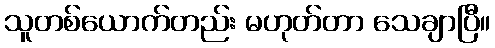
သူတစ်ယောက်တည်း မဟုတ်တာ သေချာပြီ။